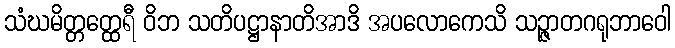
သံဃမိတ္တတ္ထေရီ ဝိဘ သတိပဋ္ဌာနာတိအာဒိ အပလောကေသိ သဉ္ဇာတဂရုဘာဝေါ